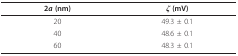
| 2a (nm) | ζ (mV) |
 | --- | --- |
 | 20 | 49.3 ± 0.1 |
 | 40 | 48.6 ± 0.1 |
 | 60 | 48.3 ± 0.1 |